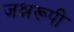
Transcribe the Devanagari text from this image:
जश्नरूपी